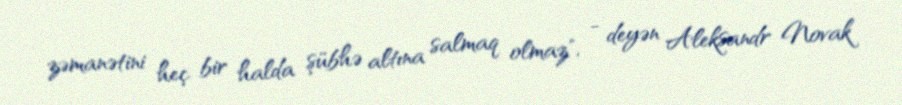
zəmanətini heç bir halda şübhə altına salmaq olmaz", - deyən Aleksandr Novak